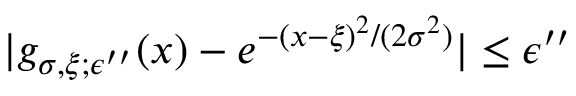
| g _ { \sigma , \xi ; \epsilon ^ { \prime \prime } } ( x ) - e ^ { - ( x - \xi ) ^ { 2 } / ( 2 \sigma ^ { 2 } ) } | \le \epsilon ^ { \prime \prime }